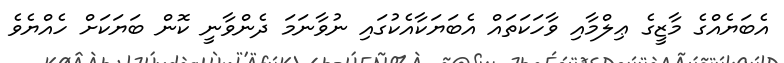
އެބަޔެއްގެ މާޒީގެ ޢިލްމާއި ވާހަކަތައް އެބަޔަކާއެކުގައި ނުވާނަމަ ދެންވާނީ ކޮން ބަޔަކަށް ހެއްޔެވެ